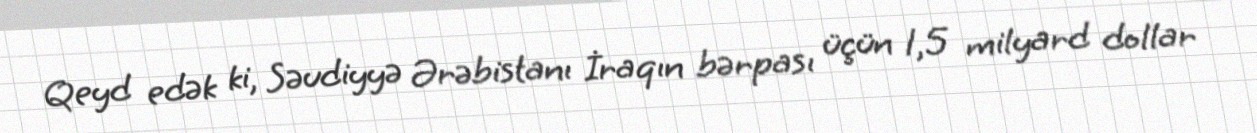
Qeyd edək ki, Səudiyyə Ərəbistanı İraqın bərpası üçün 1,5 milyard dollar